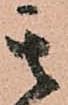
其